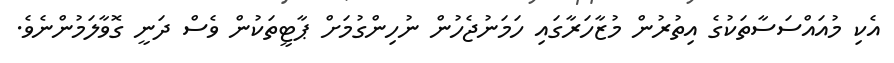
އެކި މުއައްސަސާތަކުގެ އިތުރުން މުޒާހަރާގައި ހަމަނުޖެހުން ނުހިންގުމަށް ޕާޓީތަކުން ވެސް ދަނީ ގޮވާލަމުންނެވެ.